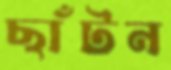
ছাঁটন